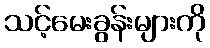
သင့်မေးခွန်းများကို